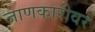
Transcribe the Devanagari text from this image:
जाणकारीवर